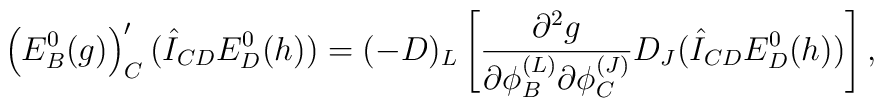
\left(E^0_B(g)\right)'_C(\hat I_{CD}E^0_D(h))=(-D)_L\left[\frac{\partial^2g}{\partial\phi^{(L)}_B\partial\phi^{(J)}_C}D_J(\hat I_{CD}E^0_D(h))\right],